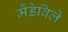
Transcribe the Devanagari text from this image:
मैंडेविले